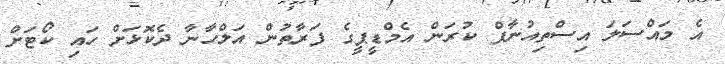
އެ މައްސަލަ އިސްތިއުނާފް ކުރަން އެމްޑީޕީގެ ފަރާތުން އަލްހާނާ ދެކޮޅަށް ހައި ކޯޓަށް